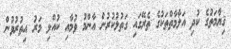
ޤިޔާމަތުގެ ކުދި އަލާމާތްތަކުގެ ތެރޭގައި ގަތުލުކުރުން އާންމު ވުމާއި ކުއްލި މަރު އިތުރުވުން